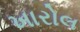
ખારોલ